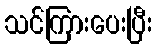
သင်ကြားပေးပြီး